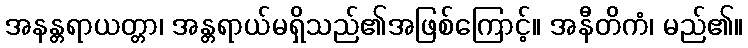
အနန္တရာယတ္တာ၊ အန္တရာယ်မရှိသည်၏အဖြစ်ကြောင့်။ အနီတိကံ၊ မည်၏။